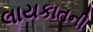
લાયકાતની